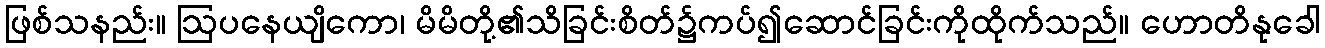
ဖြစ်သနည်း။ ဩပနေယျိကော၊ မိမိတို့၏သိခြင်းစိတ်၌ကပ်၍ဆောင်ခြင်းကိုထိုက်သည်။ ဟောတိနုခေါ